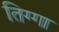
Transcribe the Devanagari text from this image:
तिग्गा